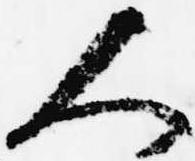
人